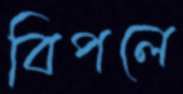
বিপলে